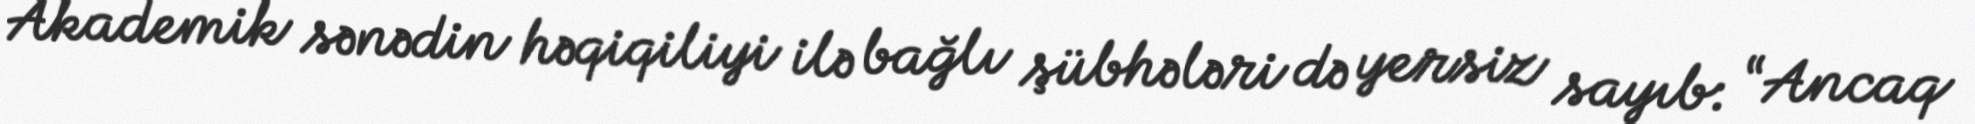
Akademik sənədin həqiqiliyi ilə bağlı şübhələri də yersiz sayıb: “Ancaq